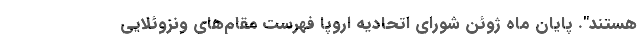
هستند". پایان ماه ژوئن شورای اتحادیه اروپا فهرست مقام‌های ونزوئلایی